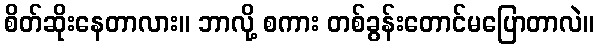
စိတ်ဆိုးနေတာလား။ ဘာလို့ စကား တစ်ခွန်းတောင်မပြောတာလဲ။